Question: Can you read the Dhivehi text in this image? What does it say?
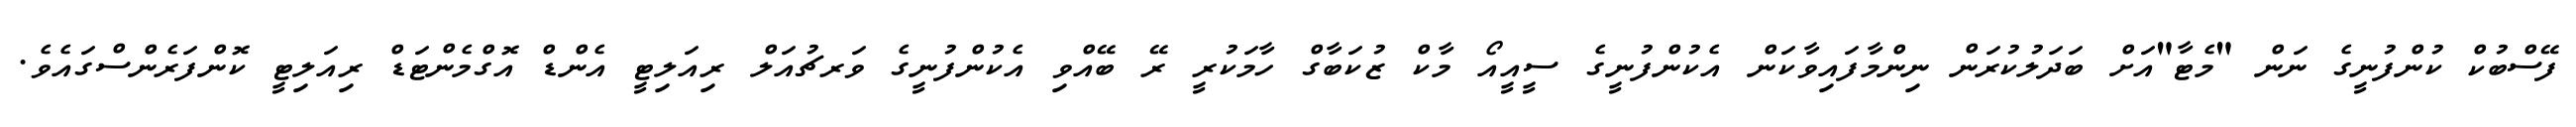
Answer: ފޭސްބުކް ކުންފުނީގެ ނަން "މެޓާ"އަށް ބަދަލުކުރަން ނިންމާފައިވާކަން އެކުންފުނީގެ ސީއީއޯ މާކް ޒުކަބާގް ހާމަކުރީ ރޭ ބޭއްވި އެކުންފުނީގެ ވަރޗުއަލް ރިއަލިޓީ އެންޑް އޮގްމެންޓަޑް ރިއަލިޓީ ކޮންފަރެންސްގައެވެ.